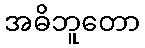
အဓိဘူတော